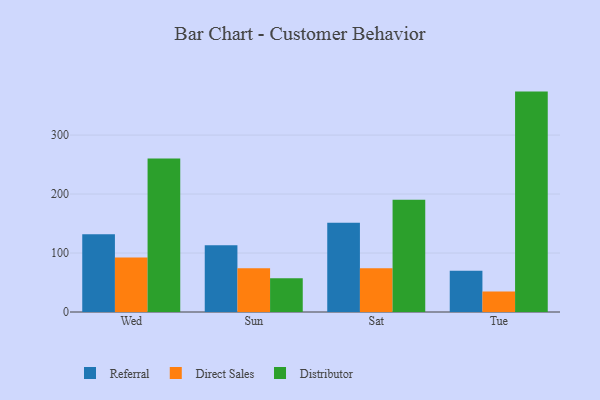
{"axis": {"x": "Day", "y": "Inventory Turnover"}, "legend": ["Direct Sales", "Distributor", "Referral"], "data": [{"x": "Wed", "y": 131.7, "type": "Referral"}, {"x": "Wed", "y": 92.6, "type": "Direct Sales"}, {"x": "Wed", "y": 260.4, "type": "Distributor"}, {"x": "Sun", "y": 113.1, "type": "Referral"}, {"x": "Sun", "y": 74.0, "type": "Direct Sales"}, {"x": "Sun", "y": 57.1, "type": "Distributor"}, {"x": "Sat", "y": 151.5, "type": "Referral"}, {"x": "Sat", "y": 74.3, "type": "Direct Sales"}, {"x": "Sat", "y": 190.5, "type": "Distributor"}, {"x": "Tue", "y": 70.0, "type": "Referral"}, {"x": "Tue", "y": 34.6, "type": "Direct Sales"}, {"x": "Tue", "y": 373.7, "type": "Distributor"}]}